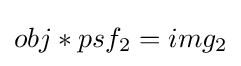
obj*psf_{2}=img_{2}